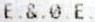
E.&.0.E.